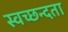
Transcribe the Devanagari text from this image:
स्‍वच्‍छन्‍दता